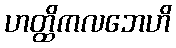
ဟတ္ထိကလဘေဟိ